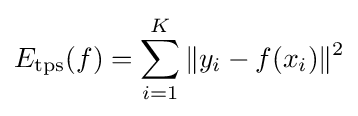
E_{\mathrm {tps} }(f)=\sum _{i=1}^{K}\|y_{i}-f(x_{i})\|^{2}